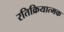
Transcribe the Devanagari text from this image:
रतिक्रियात्मक